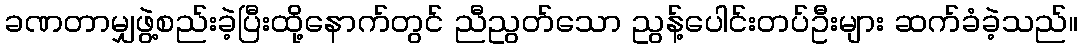
ခဏတာမျှဖွဲ့စည်းခဲ့ပြီးထို့နောက်တွင် ညီညွတ်သော ညွန့်ပေါင်းတပ်ဦးများ ဆက်ခံခဲ့သည်။